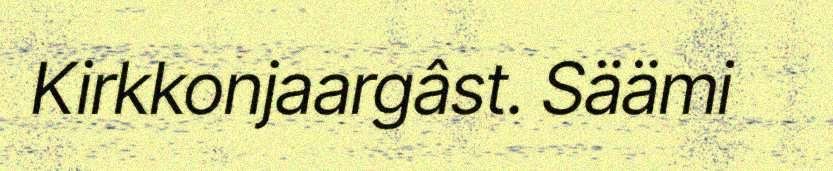
Kirkkonjaargâst. Säämi